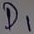
Text: D1